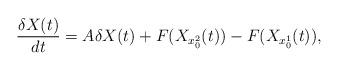
LaTeX: \begin{align*}\frac{\delta X(t)}{dt}=A\delta X(t)+F(X_{x_0^2}(t))-F(X_{x_0^1}(t)),\end{align*}